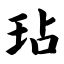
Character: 玷